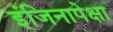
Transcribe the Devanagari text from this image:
इंजिनापेक्षा